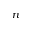
n